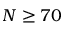
N \ge 7 0